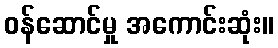
ဝန်ဆောင်မှု အကောင်းဆုံး။